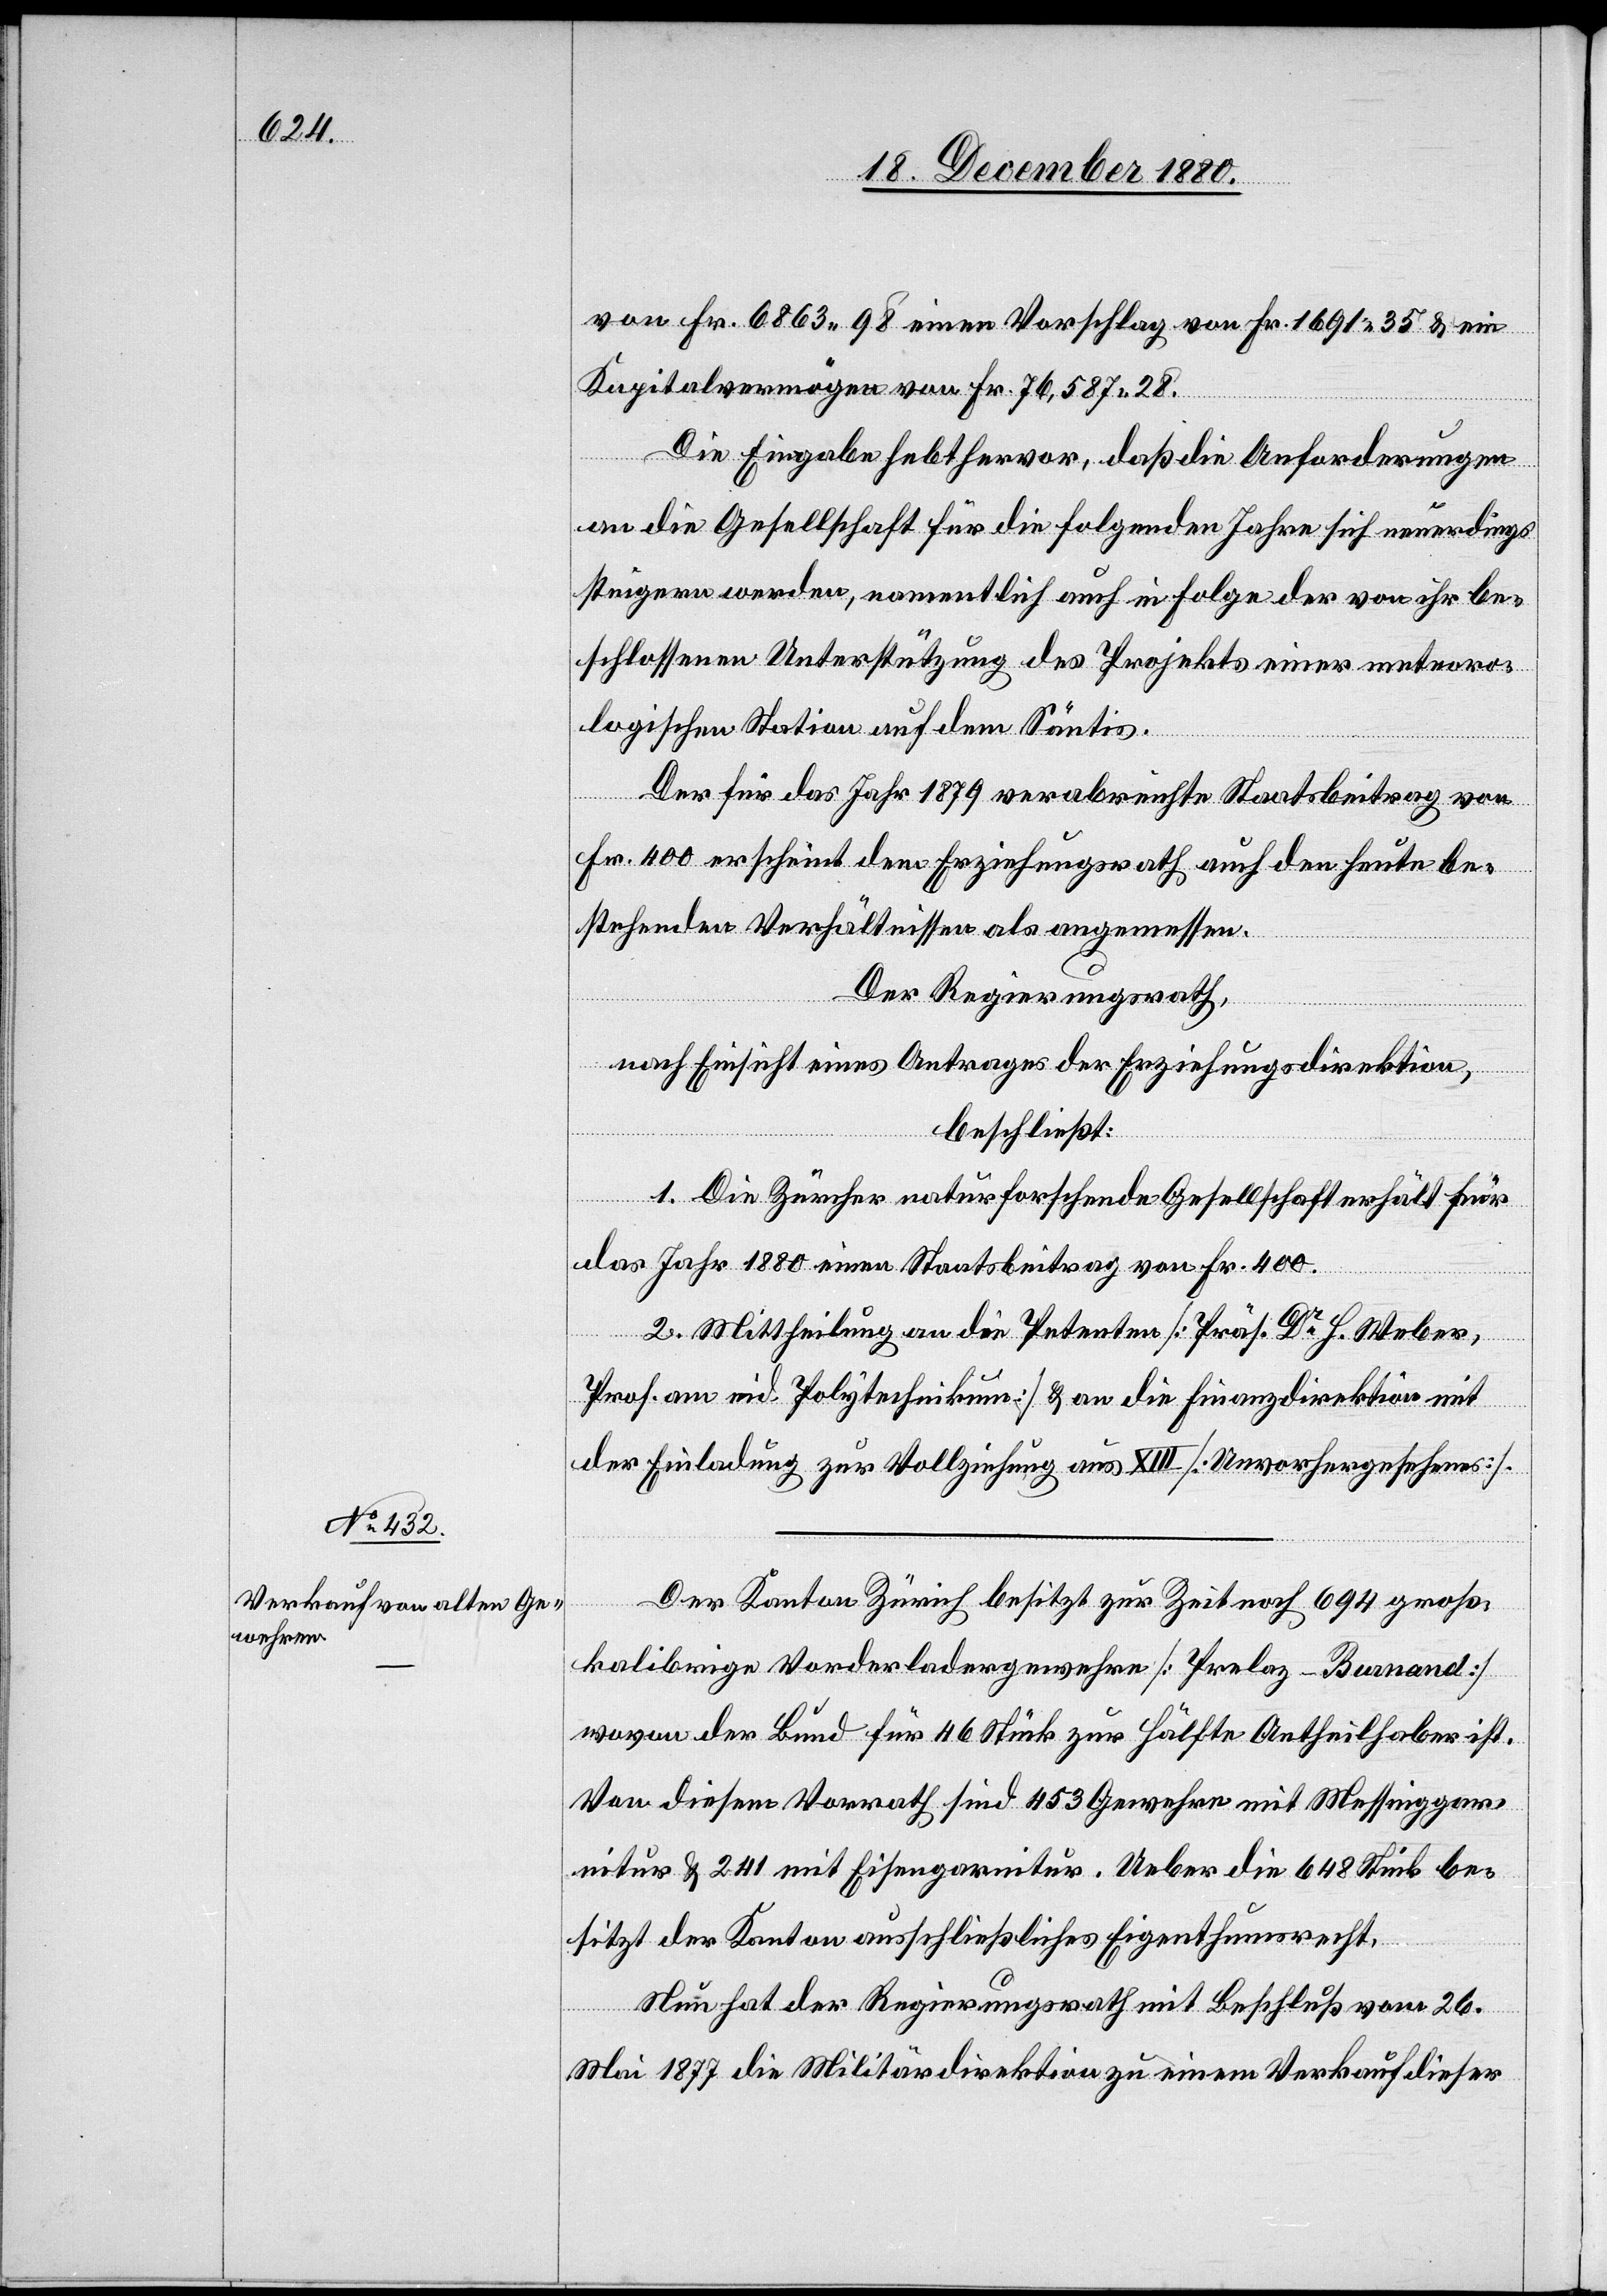
von Fr. 6863 98 einen Vorschlag von Fr. 1691 35 & ein
Kapitalvermögen von Fr. 76,587 28.
Die Eingabe hebt hervor, daß die Anforderungen
an die Gesellschaft für die folgenden Jahre sich neuerdings
steigern werden, namentlich auch in Folge der von ihr be¬
schlossenen Unterstützung des Projekts einer meteoro¬
logischen Station auf dem Säntis.
Der für das Jahr 1879 verabreichte Staatsbeitrag von
Fr. 400 erscheint dem Erziehungsrath auch den heute be¬
stehenden Verhältnissen als angemessen.
Der Regierungsrath,
nach Einsicht eines Antrages der Erziehungsdirektion,
beschließt:
1. Die Zürcher naturforschende Gesellschaft erhält für
das Jahr 1880 einen Staatsbeitrag von Fr. 400.
2. Mittheilung an die Petenten [Präs. Dr H. Weber,
Prof. am eid. Polytechnikum] & an die Finanzdirektion mit
der Einladung zur Vollziehung aus XIII [Unvorhergesehenes].
Der Kanton Zürich besitzt zur Zeit noch 694 groß¬
kallibrige Vorderladergewehre [Prelaz-Bunand]
wovon der Bund für 46 Stück zur Hälfte Antheilhaber ist.
Von diesem Vorrath sind 453 Gewehre mit Messinggar¬
nitur & 241 mit Eisengarnitur. Ueber die 648 Stück be¬
sitzt der Kanton ausschließliches Eigenthumsrecht.
Nun hat der Regierungsrath mit Beschluß vom 26.
Mai 1877 die Militärdirektion zu einem Verkauf dieser